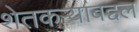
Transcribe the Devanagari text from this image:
शेतकऱ्यांबद्दल